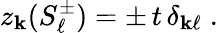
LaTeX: z_{\mathbf{k}}(S_{\ell}^{\pm})=\pm\, t\, \delta_{\mathbf{k}\ell}\; .